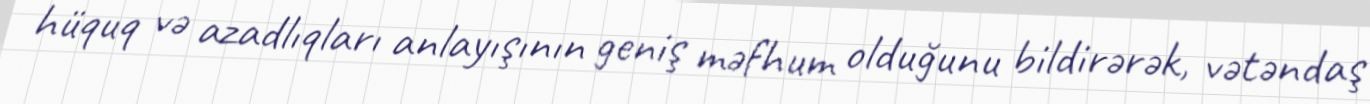
hüquq və azadlıqları anlayışının geniş məfhum olduğunu bildirərək, vətəndaş